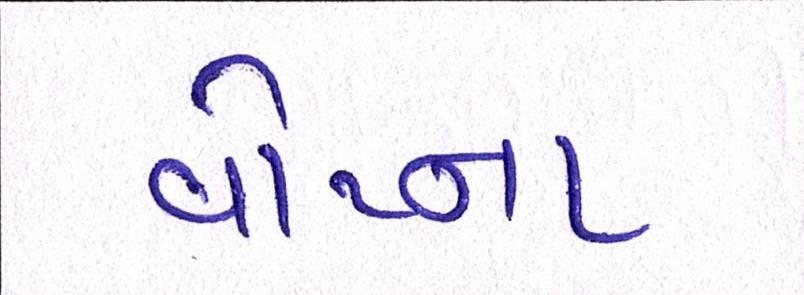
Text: વોટના